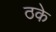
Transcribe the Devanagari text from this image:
ठके